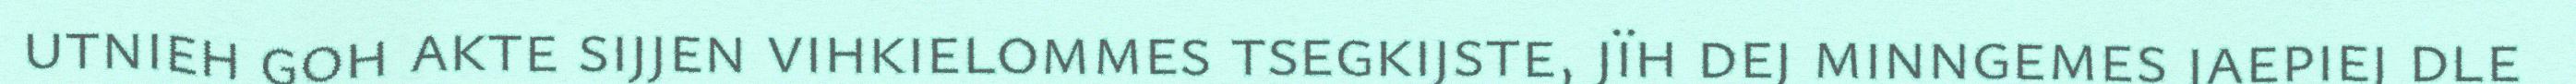
utnieh goh akte sijjen vihkielommes tsegkijste, jïh dej minngemes jaepiej dle